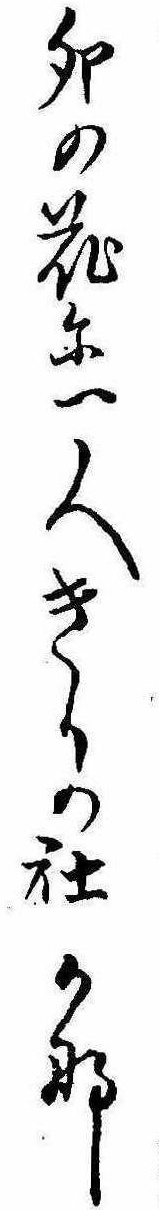
卯の花に一人きりの社かな